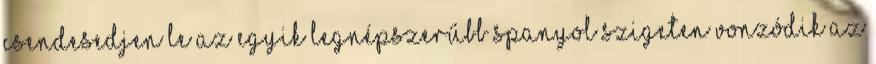
csendesedjen le az egyik legnépszerűbb spanyol szigeten Vonzódik az